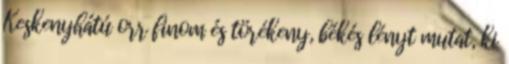
Keskenyhátú orr finom és törékeny, békés lényt mutat, ki